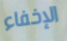
الإخفاء